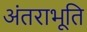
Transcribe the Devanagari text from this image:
अंतराभूति